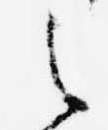
之